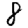
Digit: 8